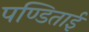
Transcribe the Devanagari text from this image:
पण्डिताई